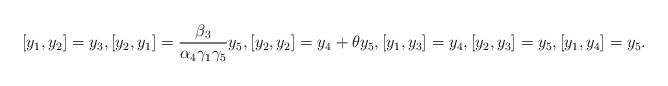
LaTeX: \begin{align*}[y_1, y_2]=y_3, [y_2, y_1]=\frac{\beta_3}{\alpha_4\gamma_1\gamma_5}y_5, [y_2, y_2]=y_4+\theta y_5, [y_1, y_3]=y_4, [y_2, y_3]=y_5, [y_1, y_4]=y_5.\end{align*}